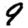
Digit: 9